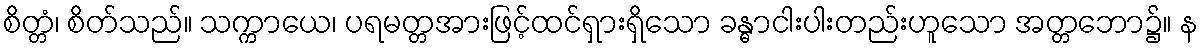
စိတ္တံ၊ စိတ်သည်။ သက္ကာယေ၊ ပရမတ္တအားဖြင့်ထင်ရှားရှိသော ခန္ဓာငါးပါးတည်းဟူသော အတ္တဘော၌။ န